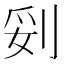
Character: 𱐛